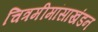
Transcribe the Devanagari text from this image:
चित्रमीमांसाखंडन